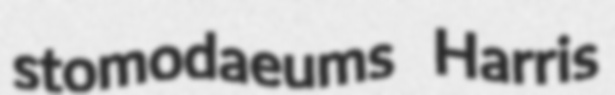
stomodaeums Harris